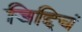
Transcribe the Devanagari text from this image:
जिद्दिचं